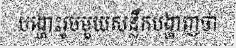
បង្ហោះរូបមួយសន្លឹកបង្ហាញថា